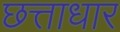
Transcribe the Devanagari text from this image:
छत्ताधार